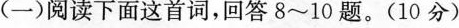
(一)阅读下面这首词，回答8~10题。(10分)